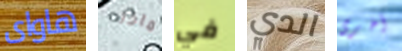
هاواى ماذا في الدي أخرى